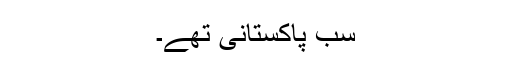
سب پاکستانی تھے۔